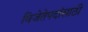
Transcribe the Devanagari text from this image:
विजेतेपदांसाठी